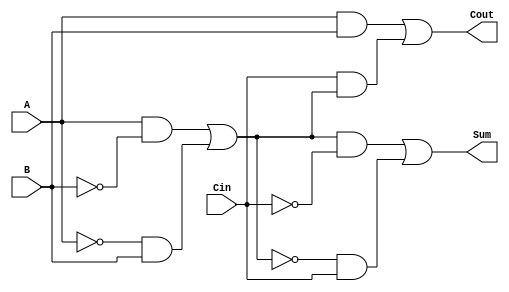
module TransmissionGateFullAdder (
    input wire A,      // First input bit
    input wire B,      // Second input bit
    input wire Cin,    // Carry-in bit
    output wire Sum,   // Sum output
    output wire Cout   // Carry-out output
);

// Intermediate signals
wire A_B_XOR;        // Intermediate XOR result of A and B
wire A_B_AND;        // Intermediate AND result of A and B
wire Cin_A_B_XOR;    // Intermediate result of Cin and (A XOR B)

// Transmission Gate for A XOR B
assign A_B_XOR = (A & ~B) | (~A & B);

// Transmission Gate for A XOR B XOR Cin
assign Sum = (A_B_XOR & ~Cin) | (~A_B_XOR & Cin);

// Transmission Gate for A AND B
assign A_B_AND = A & B;

// Transmission Gate for Cin AND (A XOR B)
assign Cin_A_B_XOR = Cin & A_B_XOR;

// Final Cout calculation using OR gate
assign Cout = A_B_AND | Cin_A_B_XOR;

endmodule